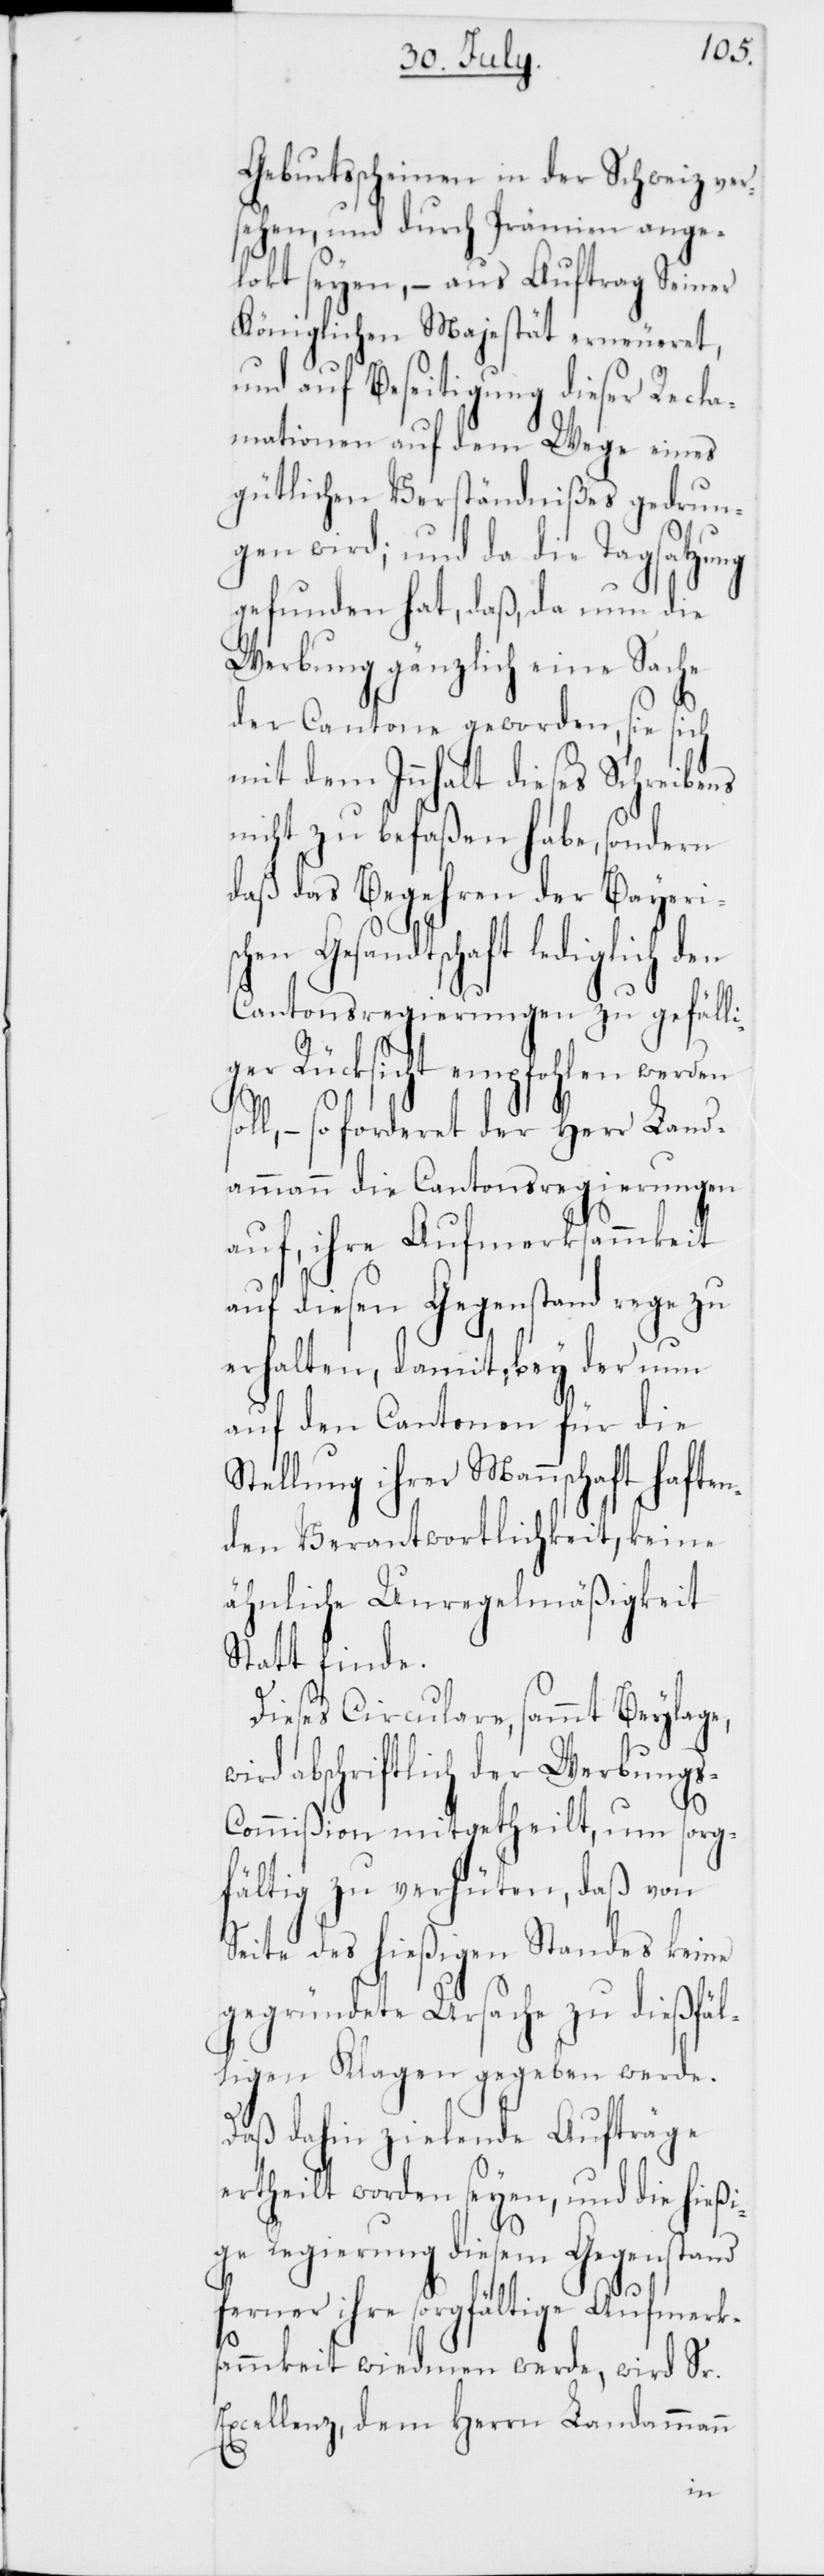
Geburtsscheinen in der Schweiz ver¬
sehen, und durch Prämien ange¬
lockt seyen, – aus Auftrag Seiner
Königlichen Majestät erneueret,
und auf Beseitigung dieser Recla¬
mationen auf dem Wege eines
gütlichen Verständnißes gedrun¬
gen wird; und da die Tagsatzung
gefunden hat, daß, da nun die
Werbung gänzlich eine Sache
der Cantone geworden, sie sich
mit dem Innhalt dieses Schreibens
nicht zu befaßen habe, sondern
daß das Begehren der Bayeri¬
en Gesandtschaft lediglich den
Cantonsregierungen zu gefäll¬
iger Rücksicht empfohlen werden
l, – so forderet der Herr Land¬
ammann die Cantonsregierungen
auf, ihre Aufmerksammkeit
auf diesen Gegenstand rege zu
erhalten, damit, bey der nun
auf den Cantonen für die
Stellung ihrer Mannschaft haften¬
den Verantwortlichkeit, keine
ähnliche Unregelmäßigkeit
Statt finde.
Dieses Circulare, sammt Beylage,
wird abschriftlich der Werbung¬
ommißion mitgetheilt, um sorg¬
fältig zu verhüten, daß von
Seite des hießigen Standes keine
gegründete Ursache zu dießfäl¬
ligen Klagen gegeben werde.
Daß dahin zielende Aufträge
ertheilt worden seyen, und die hießi¬
ge Regierung diesem Gegenstand
ferner ihre sorgfältige Aufmerks¬
ammkeit wiedmen werde, wird Sr.
Excellenz, dem Herrn Landammann
s-C¬